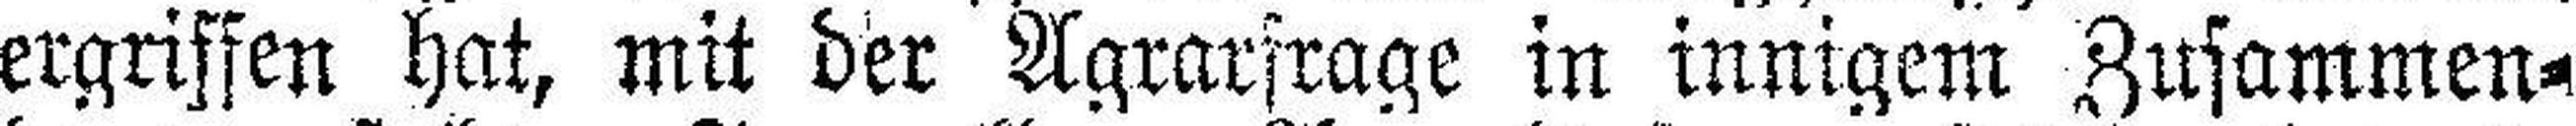
ergriffen hat, mit der Agrarfrage in innigem Zusammen¬